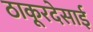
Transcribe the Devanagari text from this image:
ठाकूरदेसाई